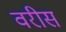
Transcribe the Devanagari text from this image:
वरीस